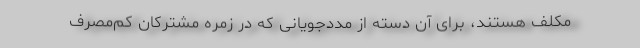
مکلف هستند، برای آن دسته از مددجویانی که در زمره مشترکان کم‌مصرف